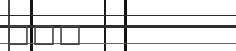
١٠٧